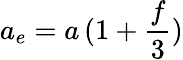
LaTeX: a_{e}=a\, (1+{\frac{f}{3}})